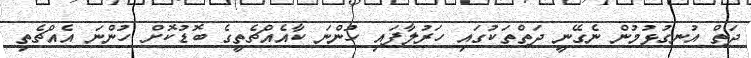
ދަަތް އުނގުޅުމުން ނެގޭނީ ދަތްތަކުގައި ހަރުލާފައި ހުންނަ ކާއެއްޗެތީގެ ބޮޑުކޮށް ހުންނަ އެއްޗެތި